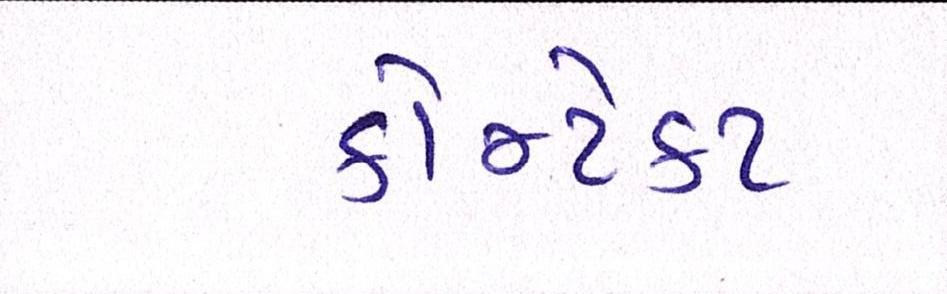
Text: કોન્ટેકટ